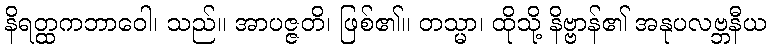
နိရတ္ထကဘာဝေါ၊ သည်။ အာပဇ္ဇတိ၊ ဖြစ်၏။ တသ္မာ၊ ထိုသို့ နိဗ္ဗာန်၏ အနုပလဗ္ဘနီယ